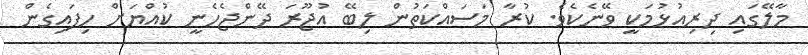
މާލޭގައި ދިރިއުޅުމަކީ ވޭނެކެވެ. ކުރާ މަސައްކަތުން ލިބޭ އުޖޫރަ ދޭންޖެހެނީ ކުއްޔަށް ހިފައިގެން